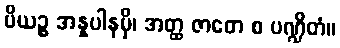
ပိယဉ္စ အန္နပါနမှိ၊ အတ္ထ ဇာတေ စ ပဏ္ဍိတံ။